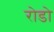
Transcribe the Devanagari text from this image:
रोडो